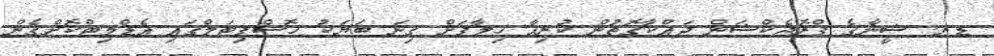
ޑރ. ޝީނާގެ ޕްރޮޖެކްޝަން ދައްކާގޮތުން ކުރިއާ ހިލާފަށް ގިނަ ބަޔަކު ހޮސްޕިޓަލްގައި އެޑްމިޓްކޮށްގެން